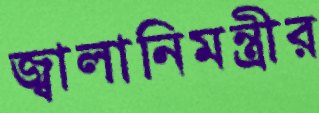
জ্বালানিমন্ত্রীর